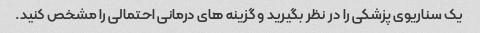
یک سناریوی پزشکی را در نظر بگیرید و گزینه های درمانی احتمالی را مشخص کنید.